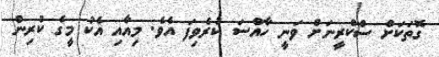
ގޮތަކަށް ސްކްރީނަށް ވަނީ ހާއްސަ ކުރެވިފަ އެވެ. މިއާއި އެކު މީގެ ކުރިން